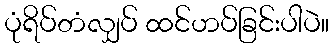
ပုံရိပ်တံလျှပ် ထင်ဟပ်ခြင်းပါပဲ။